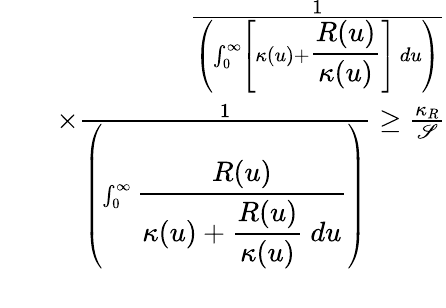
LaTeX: \begin{array}{rlr}&{}&{\frac{1}{\left(\int_{0}^{\infty}\left[\kappa(u)+\displaystyle\frac{R(u)}{\kappa(u)}\right]~du\right)}}\\ &{}&{\times\frac{1}{\left(\int_{0}^{\infty}\displaystyle\frac{R(u)}{\kappa(u)+\displaystyle\frac{R(u)}{\kappa(u)}~du}\right)}\geq\frac{\kappa_{R}}{\mathscr{S}}}\\ &{}&\end{array}